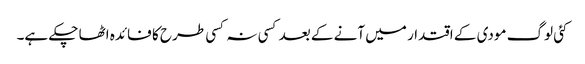
کئی لوگ مودی کے اقتدار میں آنے کے بعد کسی نہ کسی طرح کا فائدہ اٹھا چکے ہے۔